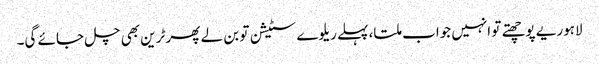
لاہوریے پوچھتے تو انہیں جواب ملتا، پہلے ریلوے سٹیشن تو بن لے پھر ٹرین بھی چل جائے گی۔